Leaving Certificate Examination (including Day School Certificate (Higher) General paper), 1929
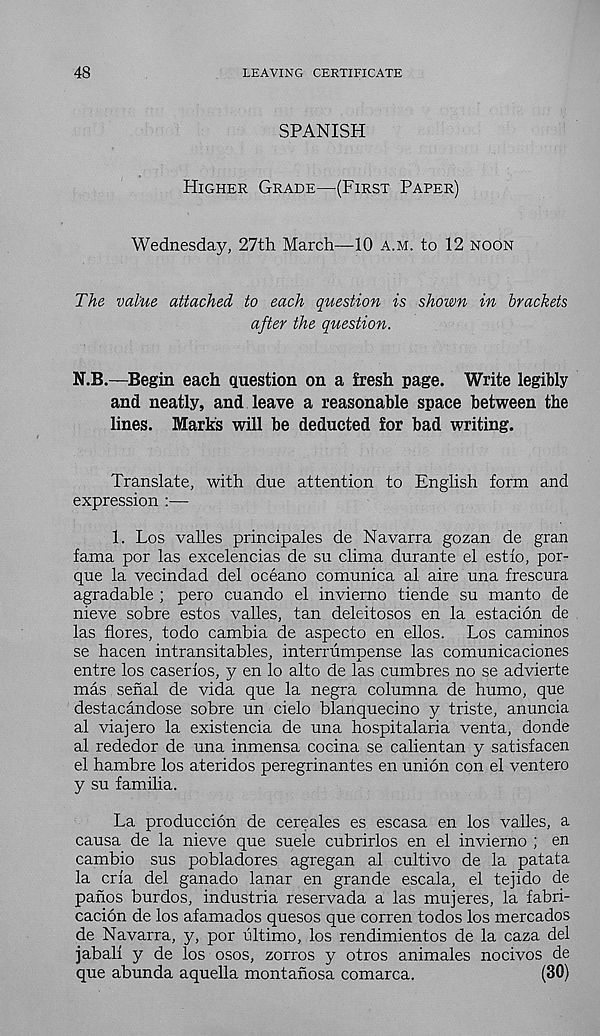
48
LEAVING CERTIFICATE
SPANISH
Higher Grade—(First Paper)
Wednesday, 27th March—10 a.m. to 12 noon
The value attached to each question is shown in brackets
after the question.
N.B.—Begin each question on a fresh page. Write legibly
and neatly, and leave a reasonable space between the
lines. Marks will be deducted for bad writing.
Translate, with due attention to English form and
expression :—
1. Los valles principales de Navarra gozan de gran
fama por las excelencias de su clima durante el estlo, por-
que la vecindad del oceano comunica al aire una frescura
agradable ; pero cuando el invierno tiende su manto de
nieve sobre estos valles, tan deleitosos en la estacion de
las flores, todo cambia de aspecto en ellos. Los caminos
se hacen intransitables, interrumoense las comunicaciones
entre los caserios, y en lo alto de las cumbres no se advierte
mas serial de vida que la negra columna de humo, que
destacandose sobre un cielo blanquecino y triste, anuncia
al viajero la existencia de una hospitalaria venta, donde
al rededor de una inmensa cocina se calientan y satisfacen
el hambre los ateridos peregrinantes en union con el ventero
y su familia.
La produccion de cereales es escasa en los valles, a
causa de la nieve que suele cubrirlos en el invierno ; en
cambio sus pobladores agregan al cultivo de la patata
la crla del ganado lanar en grande escala, el tejido de
panos burdos, industria reservada a las mujeres, la fabri-
cacion de los afamados quesos que corren todos los mercados
de Navarra, y, por ultimo, los rendimientos de la caza del
jabali y de los osos, zorros y otros animales nocivos de
que abunda aquella montanosa comarca.
(30)